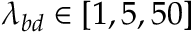
\lambda _ { b d } \in [ 1 , 5 , 5 0 ]